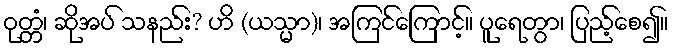
ဝုတ္တံ၊ ဆိုအပ် သနည်း? ဟိ (ယသ္မာ)၊ အကြင်ကြောင့်။ ပူရေတွာ၊ ပြည့်စေ၍။